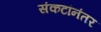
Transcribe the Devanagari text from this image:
संकटांनंतर